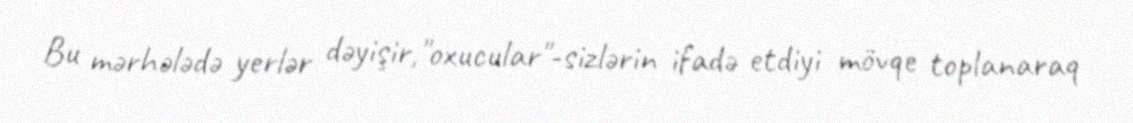
Bu mərhələdə yerlər dəyişir,"oxucular"-sizlərin ifadə etdiyi mövqe toplanaraq